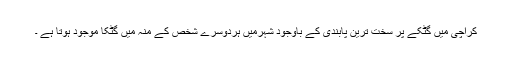
کراچی میں گٹکے پر سخت ترین پابندی کے باوجود شہرمیں ہردوسرے شخص کے منہ میں گٹکا موجود ہوتا ہے ۔